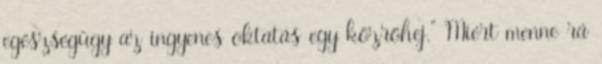
egészségügy az ingyenes oktatás egy közröhej." Miért menne rá